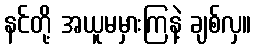
နင်တို့ အယူမမှားကြနဲ့ ချစ်လှ။